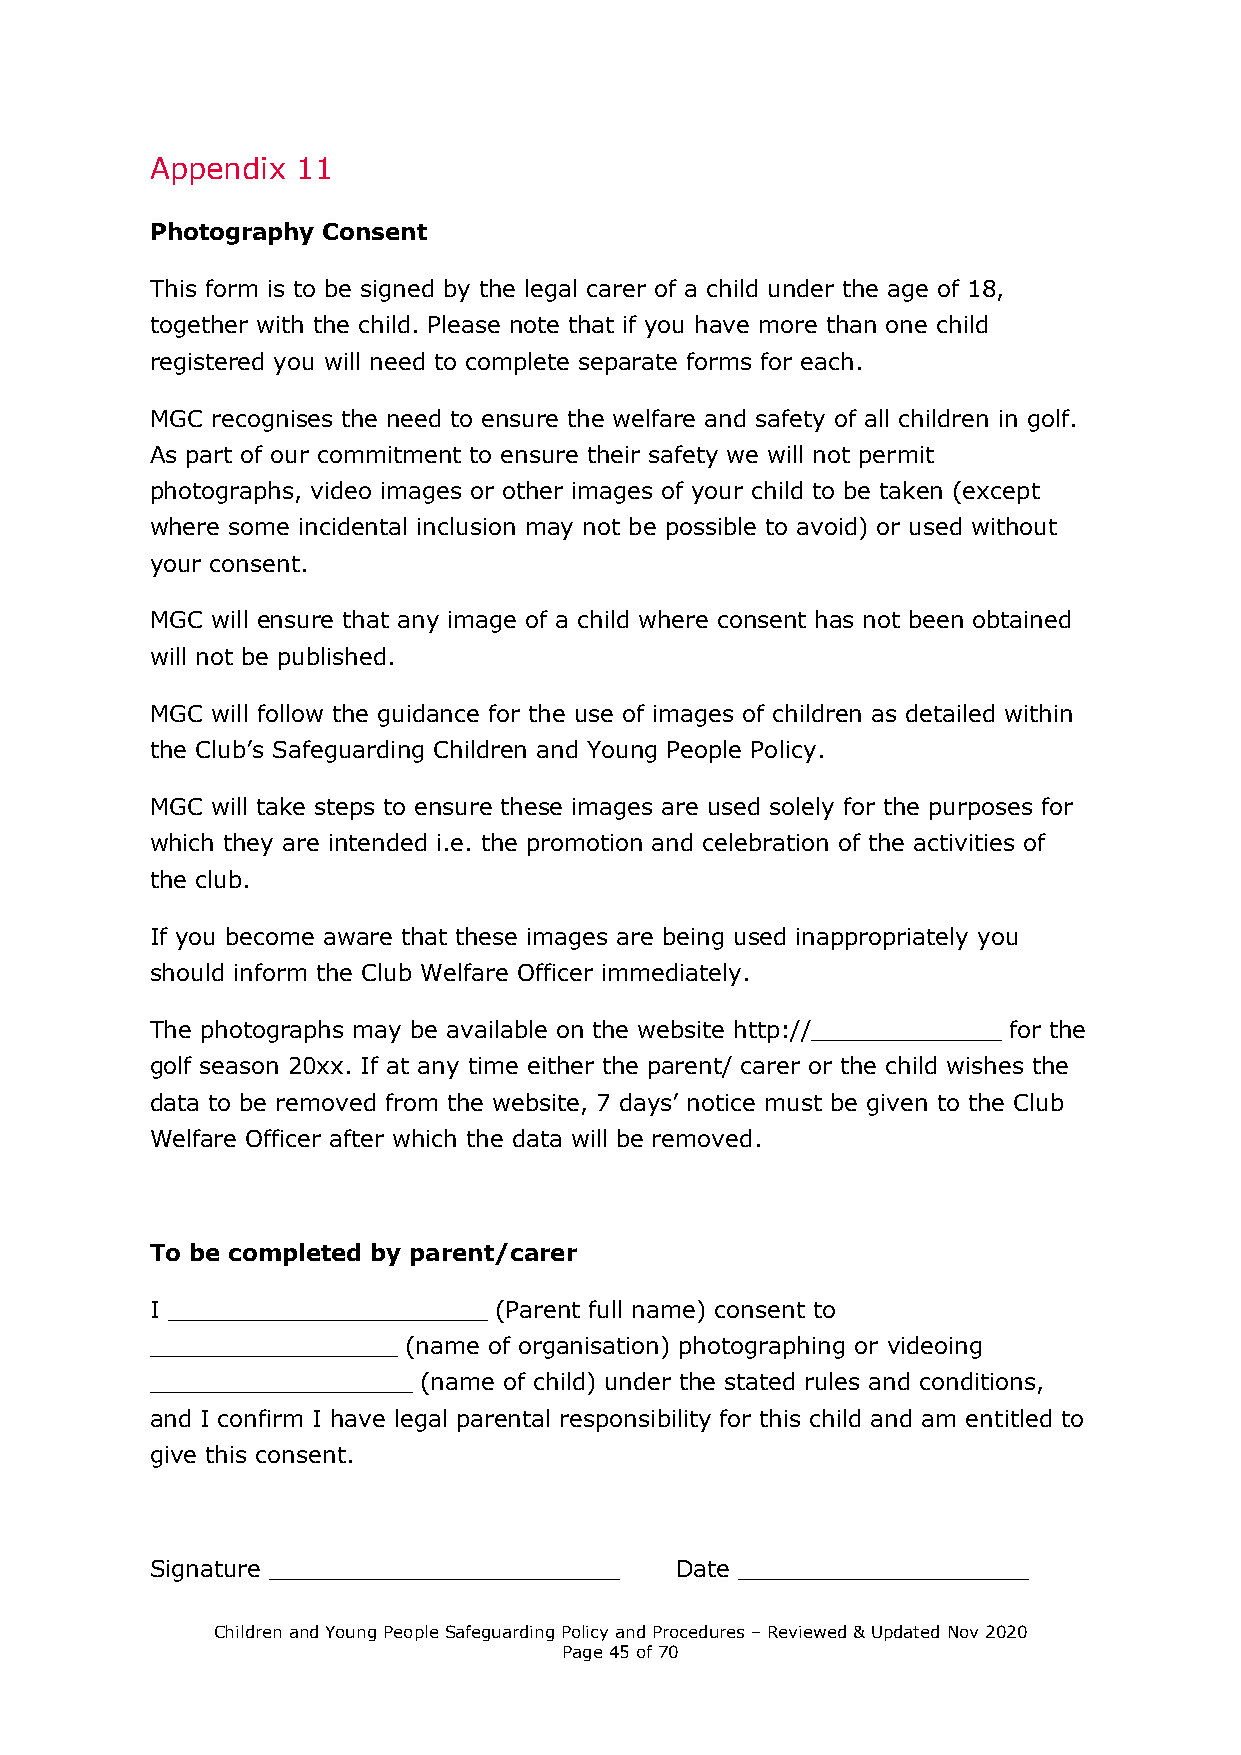
Appendix  11
 Photography Consent
 This form is to be signed by the legal carer of a child under the age of 18,
 together with the child. Please note that if you have more than one child
 registered you will need to complete separate forms for each.
 MGC recognises the need to ensure the welfare and safety of all children in golf.
 As part of our commitment to ensure their safety we will not permit
 photographs, video images or other images of your child to be taken (except
 where some incidental inclusion may not be possible to avoid) or used without
 your consent.
 MGC will ensure that any image of a child where consent has not been obtained
 will not be published.
 MGC will follow the guidance for the use of images of children as detailed within
 the Club’s Safeguarding Children and Young People Policy.
 MGC will take steps to ensure these images are used solely for the purposes for
 which they are intended i.e. the promotion and celebration of the activities of
 the club.
 If you become aware that these images are being used inappropriately you
 should inform the Club Welfare Officer immediately.
 The photographs may be available on the website http://_____________ for the
 golf season 20xx. If at any time either the parent/ carer or the child wishes the
 data to be removed from the website, 7 days’ notice must be given to the Club
 Welfare Officer after which the data will be removed.
 To be completed by parent/carer
 I ______________________ (Parent full name) consent to
 _________________ (name of organisation) photographing or videoing
 __________________ (name of child) under the stated rules and conditions,
 and I confirm I have legal parental responsibility for this child and am entitled to
 give this consent.
 Signature ________________________ Date ____________________
 Children and Young People Safeguarding Policy and Procedures – Reviewed & Updated Nov 2020
 Page 45 of 70